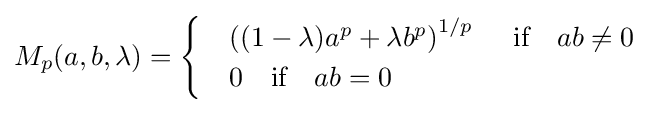
{\begin{aligned}M_{p}(a,b,\lambda )={\begin{cases}&\left((1-\lambda )a^{p}+\lambda b^{p}\right)^{1/p}\;\quad {\text{if}}\quad ab\neq 0\\&0\quad {\text{if}}\quad ab=0\end{cases}}\end{aligned}}